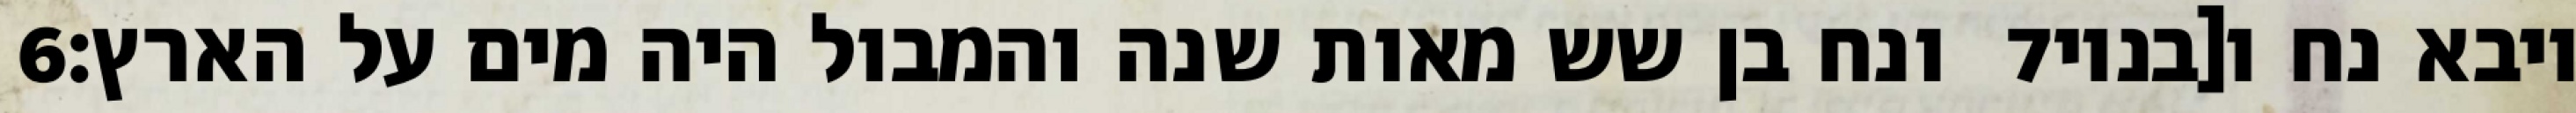
‎6‏ ונח בן שש מאות שנה והמבול היה מים על הארץ׃ ‎7‏ ויבא נח ו[בניו